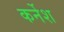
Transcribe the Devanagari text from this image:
कर्नेश